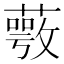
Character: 𦽺